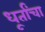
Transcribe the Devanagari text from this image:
धूर्तांचा